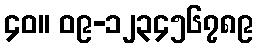
၄၀။ ၀၉-၁၂၃၄၅၆၇၈၉